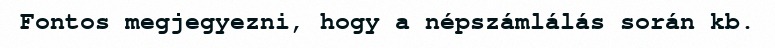
Fontos megjegyezni, hogy a népszámlálás során kb.